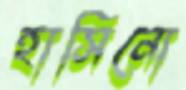
হাসিনো